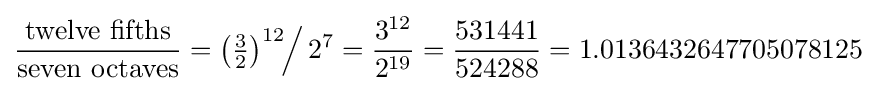
{\frac {\hbox{twelve fifths}}{\hbox{seven octaves}}}=\left({\tfrac {3}{2}}\right)^{12}\!\!{\Big /}\,2^{7}={\frac {3^{12}}{2^{19}}}={\frac {531441}{524288}}=1.0136432647705078125\!